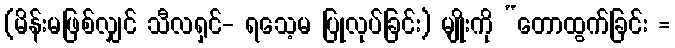
(မိန်းမဖြစ်လျှင် သီလရှင်- ရသေ့မ ပြုလုပ်ခြင်း) မျိုးကို “တောထွက်ခြင်း =